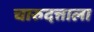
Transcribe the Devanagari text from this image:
चारुदत्ताला